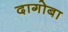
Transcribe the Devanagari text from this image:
दागोबा